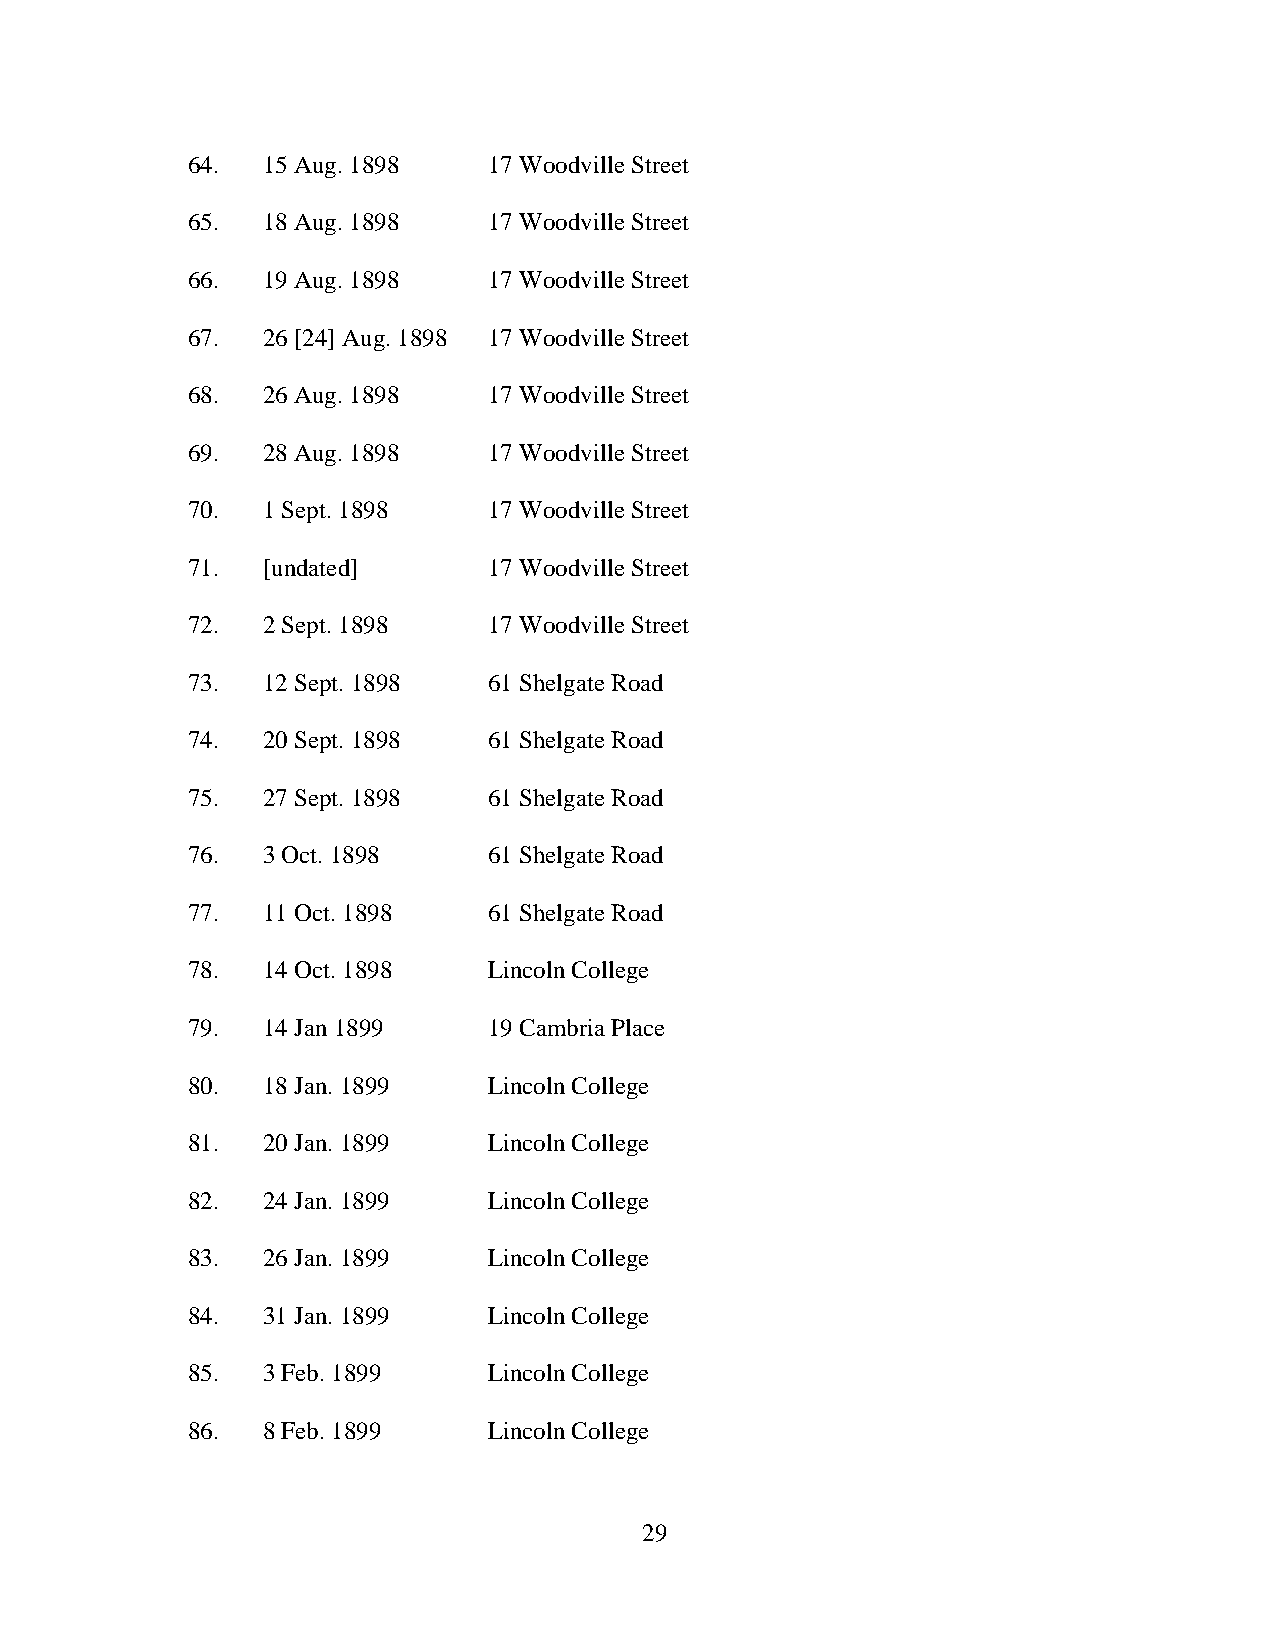
64.  15 Aug. 1898   17 Woodville Street
 65.  18 Aug. 1898   17 Woodville Street
 66.  19 Aug. 1898   17 Woodville Street
 67.  26 [24] Aug. 1898 17 Woodville Street
 68.  26 Aug. 1898   17 Woodville Street
 69.  28 Aug. 1898   17 Woodville Street
 70.  1 Sept. 1898   17 Woodville Street
 71.  [undated]      17 Woodville Street
 72.  2 Sept. 1898   17 Woodville Street
 73.  12 Sept. 1898  61 Shelgate Road
 74.  20 Sept. 1898  61 Shelgate Road
 75.  27 Sept. 1898  61 Shelgate Road
 76.  3 Oct. 1898    61 Shelgate Road
 77.  11 Oct. 1898   61 Shelgate Road
 78.  14 Oct. 1898   Lincoln College
 79.  14 Jan 1899    19 Cambria Place
 80.  18 Jan. 1899   Lincoln College
 81.  20 Jan. 1899   Lincoln College
 82.  24 Jan. 1899   Lincoln College
 83.  26 Jan. 1899   Lincoln College
 84.  31 Jan. 1899   Lincoln College
 85.  3 Feb. 1899    Lincoln College
 86.  8 Feb. 1899    Lincoln College
 29